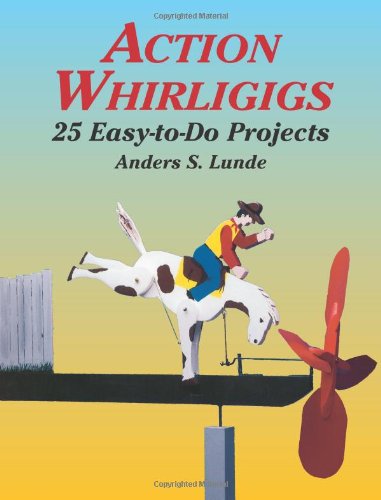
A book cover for Action Whirligigs: 25 Easy-to-Do Projects (Dover Woodworking); Anders S. Lunde; Crafts, Hobbies & Home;